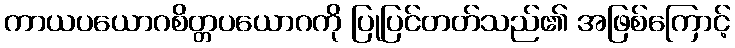
ကာယပယောဂစိတ္တပယောဂကို ပြုပြင်တတ်သည်၏ အဖြစ်ကြောင့်